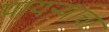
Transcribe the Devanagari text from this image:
पायऱ्याचा